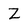
Character: Z